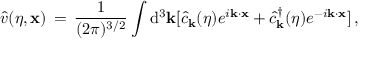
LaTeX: { \hat { v } } ( \eta , { \bf x } ) \, = \, \frac { 1 } { ( 2 \pi ) ^ { 3 / 2 } } \int \mathrm { d } ^ { 3 } { \bf k } [ { \hat { c } } _ { \bf k } ( \eta ) e ^ { i { \bf k } \cdot { \bf x } } + { \hat { c } } _ { \bf k } ^ { \dagger } ( \eta ) e ^ { - i { \bf k } \cdot { \bf x } } ] \, ,